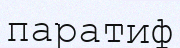
паратиф